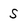
Character: S